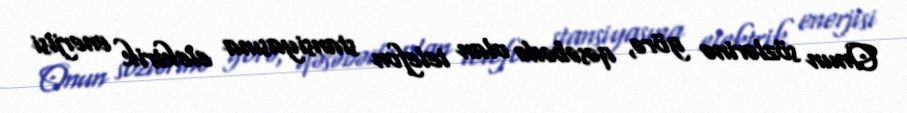
Onun sözlərinə görə, qəsəbədə olan telefon stansiyasına elektrik enerjisi